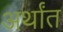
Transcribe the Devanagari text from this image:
अर्थांत